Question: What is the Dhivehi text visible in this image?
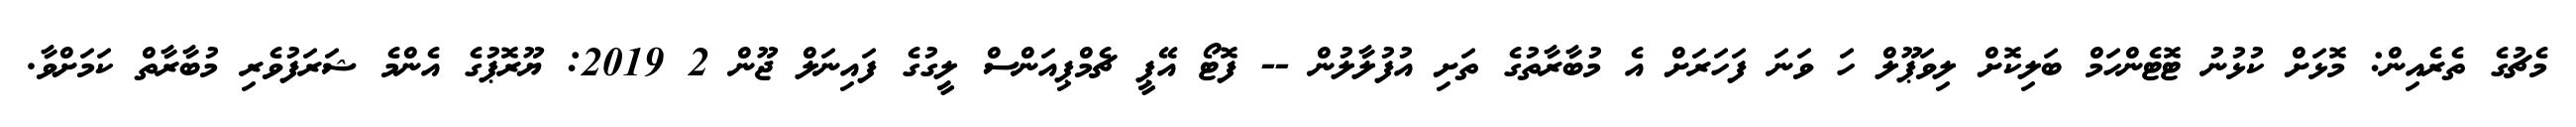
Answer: މެޗުގެ ތެރެއިން: މޮޅަށް ކުޅުނު ޓޮޓެންހަމް ބަލިކޮށް ލިވަޕޫލް ހަ ވަނަ ފަހަރަށް އެ މުބާރާތުގެ ތަށި އުފުލާލުން -- ފޮޓޯ އޭޕީ ޗެމްޕިއަންސް ލީގުގެ ފައިނަލް ޖޫން 2 2019: ޔޫރޮޕުގެ އެންމެ ޝަރަފުވެރި މުބާރާތް ކަމަށްވާ.